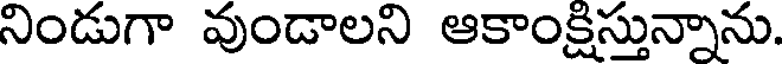
నిండుగా వుండాలని ఆకాంక్షిస్తున్నాను.